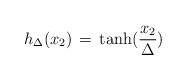
LaTeX: \begin{align*}h_\Delta (x_2)\,=\,{\rm tanh} (\frac{x_2}{\Delta})\end{align*}